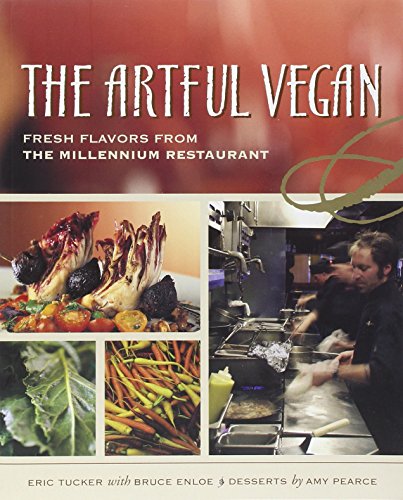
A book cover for The Artful Vegan: Fresh Flavors from the Millennium Restaurant; Eric Tucker; Cookbooks, Food & Wine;